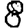
Digit: 8